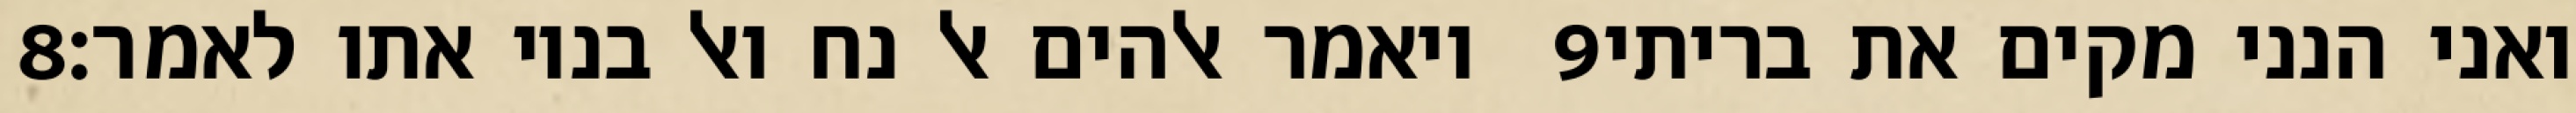
‎8‏ ויאמר אלהים אל נח ואל בניו אתו לאמר׃ ‎9‏ ואני הנני מקים את בריתי